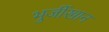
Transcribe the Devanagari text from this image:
भुर्जीखान